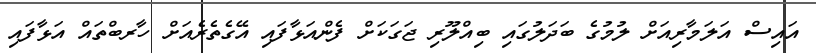
އައިސް އަލަމާރިއަށް ލުމުގެ ބަދަލުގައި ބިއްލޫރި ޖަގަކަށް ފެންއަޅާފައި އޭގެތެރެއަށް ހާރބްތައް އަޅާފައި